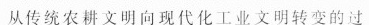
从传统农耕文明向现代化工业文明转变的过